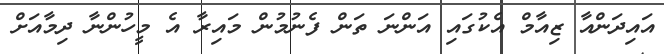
އައިދަންއާ ޒިއާމް އެކުގައި އަންނަ ތަން ފެނުމުން މައިރާ އެ މީހުންނާ ދިމާއަށް